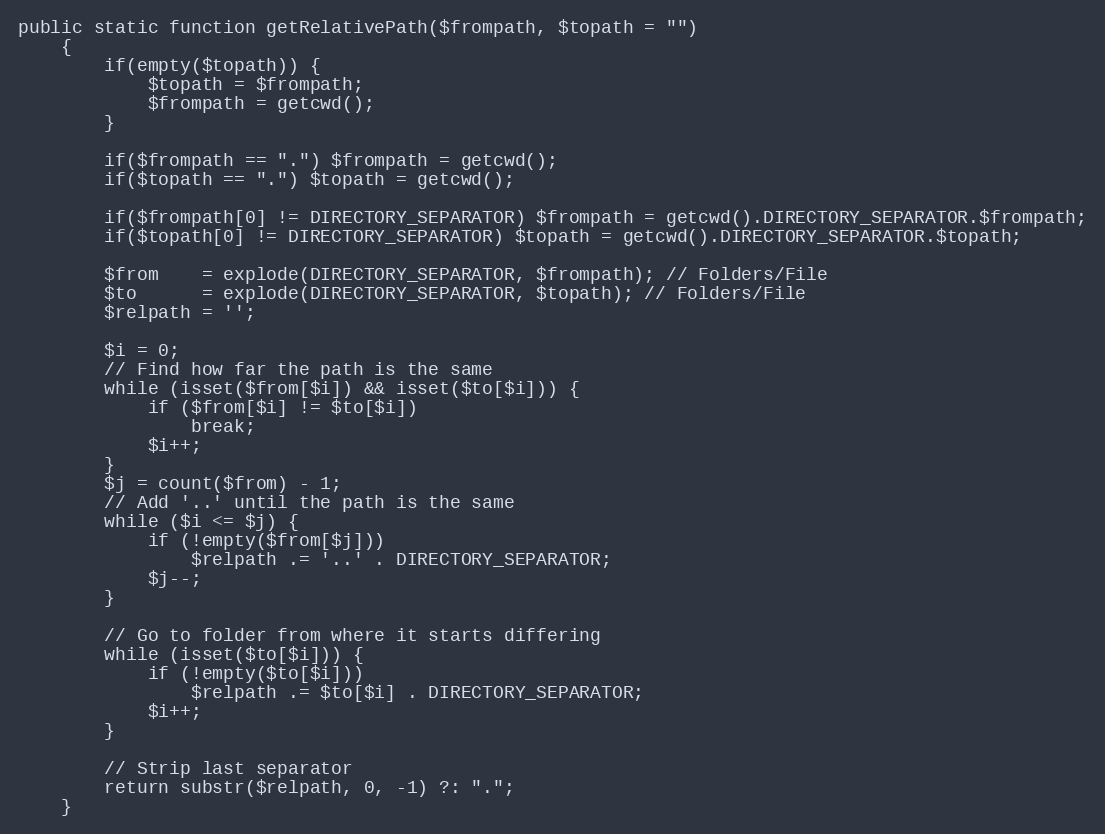
Language: PHP
public static function getRelativePath($frompath, $topath = "")
    {
        if(empty($topath)) {
            $topath = $frompath;
            $frompath = getcwd();
        }

        if($frompath == ".") $frompath = getcwd();
        if($topath == ".") $topath = getcwd();

        if($frompath[0] != DIRECTORY_SEPARATOR) $frompath = getcwd().DIRECTORY_SEPARATOR.$frompath;
        if($topath[0] != DIRECTORY_SEPARATOR) $topath = getcwd().DIRECTORY_SEPARATOR.$topath;

        $from    = explode(DIRECTORY_SEPARATOR, $frompath); // Folders/File
        $to      = explode(DIRECTORY_SEPARATOR, $topath); // Folders/File
        $relpath = '';

        $i = 0;
        // Find how far the path is the same
        while (isset($from[$i]) && isset($to[$i])) {
            if ($from[$i] != $to[$i])
                break;
            $i++;
        }
        $j = count($from) - 1;
        // Add '..' until the path is the same
        while ($i <= $j) {
            if (!empty($from[$j]))
                $relpath .= '..' . DIRECTORY_SEPARATOR;
            $j--;
        }

        // Go to folder from where it starts differing
        while (isset($to[$i])) {
            if (!empty($to[$i]))
                $relpath .= $to[$i] . DIRECTORY_SEPARATOR;
            $i++;
        }

        // Strip last separator
        return substr($relpath, 0, -1) ?: ".";
    }